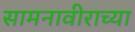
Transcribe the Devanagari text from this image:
सामनावीराच्या